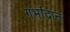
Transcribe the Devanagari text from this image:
गर्भादान